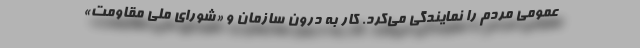
عمومی مردم را نمایندگی می‌کرد. کار به درون سازمان و «شورای ملی مقاومت»